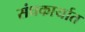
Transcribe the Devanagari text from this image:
संघकार्यात